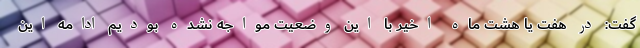
گفت: در هفت یا هشت ماه اخیر با این وضعیت مواجه نشده بودیم ادامه این